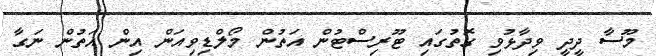
މޫސާ ދީދީ ވިދާޅުވި ގޮތުގައި ޓޫރިސްޓުން އަތުން މޯލްޑިވިއަން އިން އަތުން ނަގާ